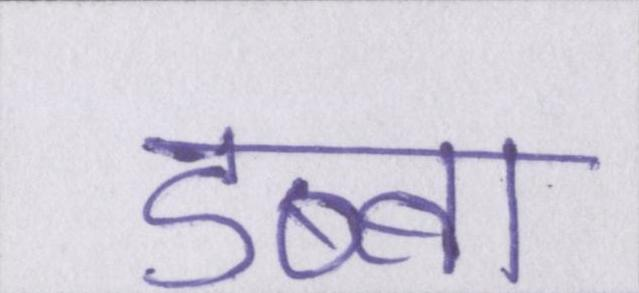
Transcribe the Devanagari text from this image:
डब्बा